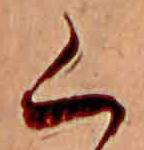
く